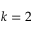
k = 2